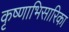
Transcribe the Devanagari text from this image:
कृष्णाभिसारिका